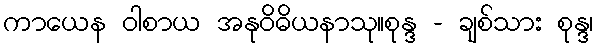
ကာယေန ဝါစာယ အနုဝိဓိယနာသု။စုန္ဒ - ချစ်သား စုန္ဒ၊